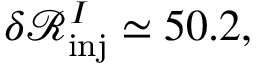
\delta \mathcal { R } _ { \mathrm { i n j } } ^ { I } \simeq 5 0 . 2 ,